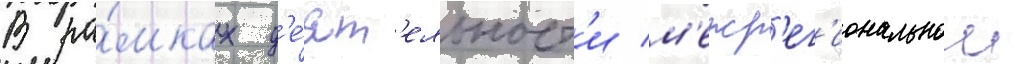
В ра́мках д'е́ят'ельност'и м'ежр'ег'иональнои